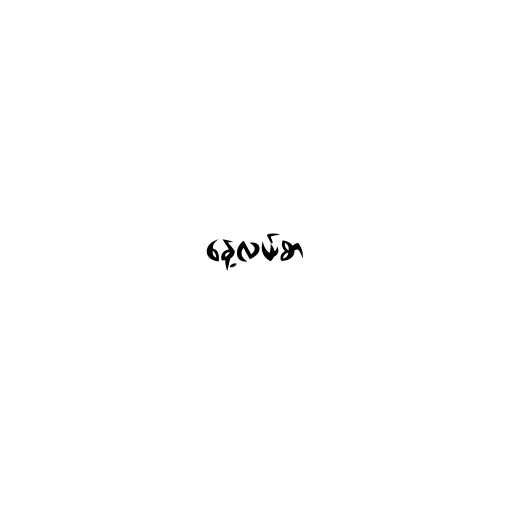
နေ့လယ်စာ